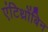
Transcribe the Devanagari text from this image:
एंटिथ्रोंबिन